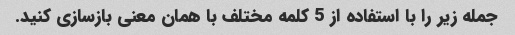
جمله زیر را با استفاده از 5 کلمه مختلف با همان معنی بازسازی کنید.